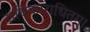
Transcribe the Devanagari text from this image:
राधिकाराधितम्।